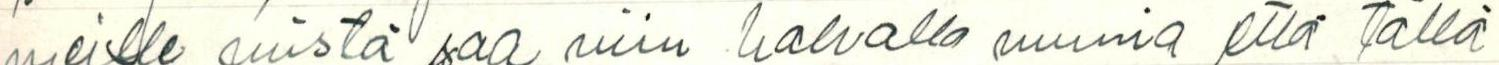
meille mistä saa niin halvalla munia että tällä